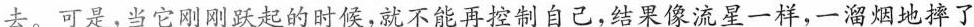
去。可是，当它刚刚跃起的时候，就不能再控制自己，结果像流星一样，一溜烟地摔了